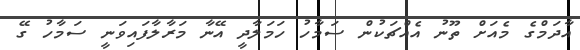
އާދަމްގެ މެއަށް ތޫނު އެއްޗަކުން ސަމާހު ހަމަލާދީ އޭނާ މަރާލާފައިވަނީ ސަމާހު ގޭ